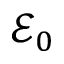
\mathcal { E } _ { 0 }